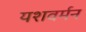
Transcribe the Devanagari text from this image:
यशवर्मन